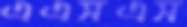
এএসএস